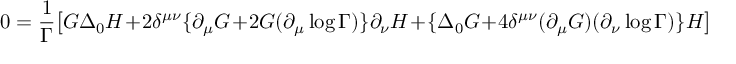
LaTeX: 0 = \frac { 1 } { \Gamma } \big [ G \Delta _ { 0 } H + 2 \delta ^ { \mu \nu } \{ \partial _ { \mu } G + 2 G ( \partial _ { \mu } \log \Gamma ) \} \partial _ { \nu } H + \{ \Delta _ { 0 } G + 4 \delta ^ { \mu \nu } ( \partial _ { \mu } G ) ( \partial _ { \nu } \log \Gamma ) \} H \big ]